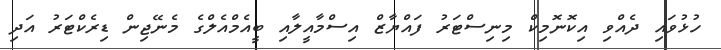
ހުޅުވައި ދެއްވި އިކޮނޮމިކް މިނިސްޓަރު ފައްޔާޒް އިސްމާއީލާއި ބީއެމްއެލްގެ މެނޭޖިން ޑިރެކްޓަރު އަދި